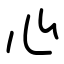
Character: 心